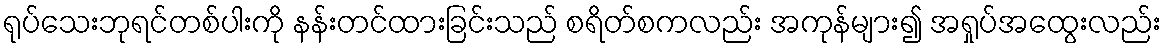
ရုပ်သေးဘုရင်တစ်ပါးကို နန်းတင်ထားခြင်းသည် စရိတ်စကလည်း အကုန်များ၍ အရှုပ်အထွေးလည်း